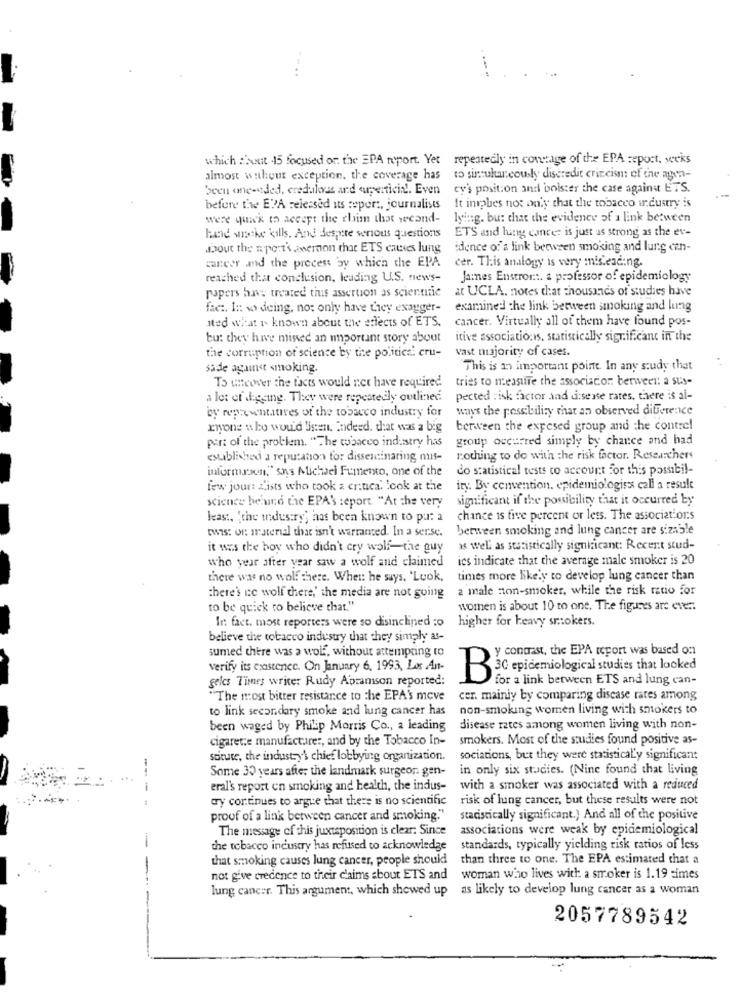
....
...
which :'bout 45 focused or. the EPA report. Yet repeatedly in connage of the EPA report, weeks
almost without exception, the coverage has to simultaneously discredit criticism of the agen-
been one-aded, credalous and superticin'. Even
ey's position and boister the case against ETS.
It inpbes not only that the tobacco industry is
before the EPA released its report, journalists
were quik to accept the chim that weond-
lying. bu: that the evidence of a link between
ETS and lung cancer is just as strong as the ev-
lind wiathe kills. And despite serious questions
about the apert's averton that ETS causes lung
idence of'a link between smoking and lung can-
career and the process by which the EPA
cer. This analogy is very misleading.
reached that conclusion, leading U.S. news-
Ja:nes Enstromt. a professor of epidemiology
papers have treated this assertion as scientific
at UCLA. notes that thousands of studies have
fac :. In vo deing, no: only have they exagger-
examined the link between smoking and lung
sted what is known about the effects of ETS.
cancer. Virtually all of them have found pos-
bu: they have missed an important story about
itive associations, statistically significant in the
the corruption of science by the politice: cru-
Vast majority of cases.
sade against smoking
This is an important point. In any sudy that
tries to measure the association between: a sus-
To uneover the facts would not have required
a lot of digging. They were repeatedly outlined.
pected risk factor and d:seise rates, there is al-
by representatives of the tobacco industry for
ways the possibility that an observed diference
riyone who would listen. Indeed. that was a big
between the exposed group and the contrel
part of the problem. "The tobacco industry has
group occurred simply by chance and had
established a reputation for disseminaring mus-
nothing to do with the risk factor. Researchers
informason," sns Michael Fumento, one of the
do statistical tests co account for this possibil-
few jour: L'ists who took & critica. look at the
ity. By convention. epidemiologiss call a result
science beiund the EPA'S :eport. "At the very
significant if the possibility that it occurred by
least, 'the industry; has been known to put a
chance is five percent or less. The associat'ors
twis: on: material that isn't warranted. In a serse.
between smoking and lung cancer are sizable
it was the boy who didn't cry wolf-the guy
as well as statistically significant: Recent stud-
who year after year saw a wolf and claimed
ics indicate that the average male smoker is 20
there was no wol: there. When: he says, 'Look,
times more likely to develop lung cancer than
a male non-smoker, while the risk ratio for
there's ne wolf there,' the media are not going
to be quick to believe that."
women is about 10 to one, The figures are ever:
Ir: fact. most reporters were so disinclined :o
higher for heavy smokers.
believe the tobacco industry that they simply as-
sumed there was a wolf, without attempting to
y contrast, the EPA report was based on
verify its existence. On January 6, 1993, Los An-
gelcs Times writer Rudy Abramson reported:
B30 epidemiological studies that looked
for a link between ETS and lung can-
"The most bitter resistance to the EPA's move
cer. mainly by comparing disease rates among
to link secondary smoke and lung cancer has
non-smoking women living with smokers to
been waged by Philip Morris Co ., a leading
disease rates among women living with non-
cigarette manufacture :, and by the Tobacco In-
smokers. Most of the studies found positive as-
stitute, the industry's chief lobbying organization.
sociations, but they were statistically significan:
Some 30 years after the landmark surgeon. gen-
in only six studies. (Nine found that living
eral's report on smoking and health, the indus-
with a smoker was associated with a reduced
dy continues to argue that there is no scientific
risk of lung cancer, but these results were not
proof of a link between cancer and smoking."
statistically significant.) And all of the positive
The message of this juxtaposition is clear: Since
associations were weak by epidemiological
the tobacco industry has refused to acknowledge
standards, typically yielding risk ratios of less
that smoking causes lung cancer, people should
than three to one. The EPA estimated that a
not give credence to their claims about ETS and
woman who lives with a smoker is 1.19 simes
lung cancer. This argument, which showed up
as likely to develop lung cancer as a woman
2057789542